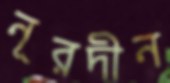
নূরদীন